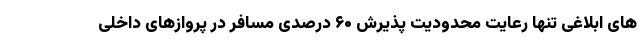
های ابلاغی تنها رعایت محدودیت پذیرش ۶۰ درصدی مسافر در پروازهای داخلی